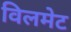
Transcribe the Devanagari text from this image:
विलमेट